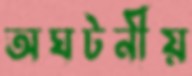
অঘটনীয়